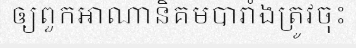
ឲ្យពួកអាណានិគមបារាំងត្រូវចុះ